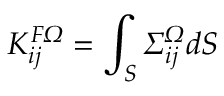
K _ { i j } ^ { F \itOmega } = \int _ { S } \itSigma _ { i j } ^ { \itOmega } d S